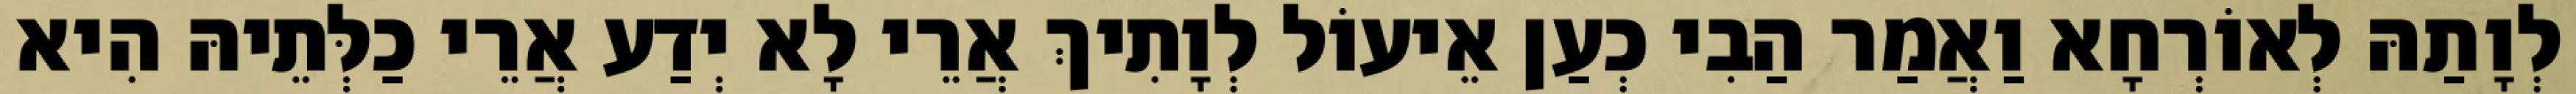
לְוָתַהּ לְאוֹרְחָא וַאֲמַר הַבִי כְעַן אֵיעוֹל לְוָתִיךְ אֲרֵי לָא יְדַע אֲרֵי כַלְּתֵיהּ הִיא